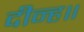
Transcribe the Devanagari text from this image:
दीन्ह॥